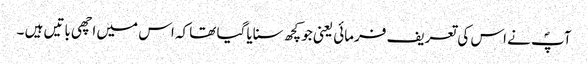
آپؐ نے اس کی تعریف فرمائی یعنی جو کچھ سنایا گیا تھا کہ اس میں اچھی باتیں ہیں ۔